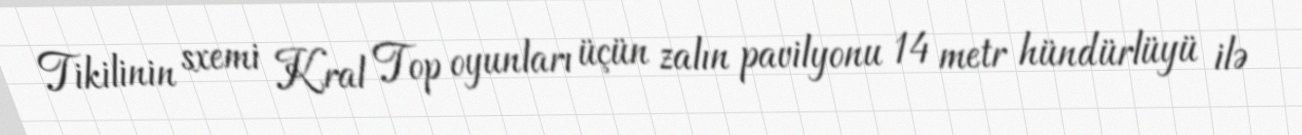
Tikilinin sxemi Kral Top oyunları üçün zalın pavilyonu 14 metr hündürlüyü ilə